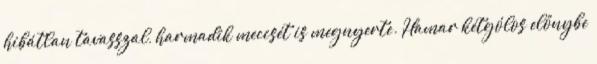
hibátlan tavasszal, harmadik meccsét is megnyerte. Hamar kétgólos előnybe